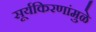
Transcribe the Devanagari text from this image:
सूर्यकिरणांमुळे